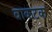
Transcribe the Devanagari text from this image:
वाकटक